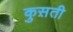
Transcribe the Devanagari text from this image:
कुस़ती